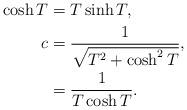
LaTeX: \begin{align*}\cosh{T}&=T\sinh{T},\\c &= \frac{1}{\sqrt{T^2+\cosh^2{T}}},\\ &=\frac{1}{T\cosh{T}}.\end{align*}